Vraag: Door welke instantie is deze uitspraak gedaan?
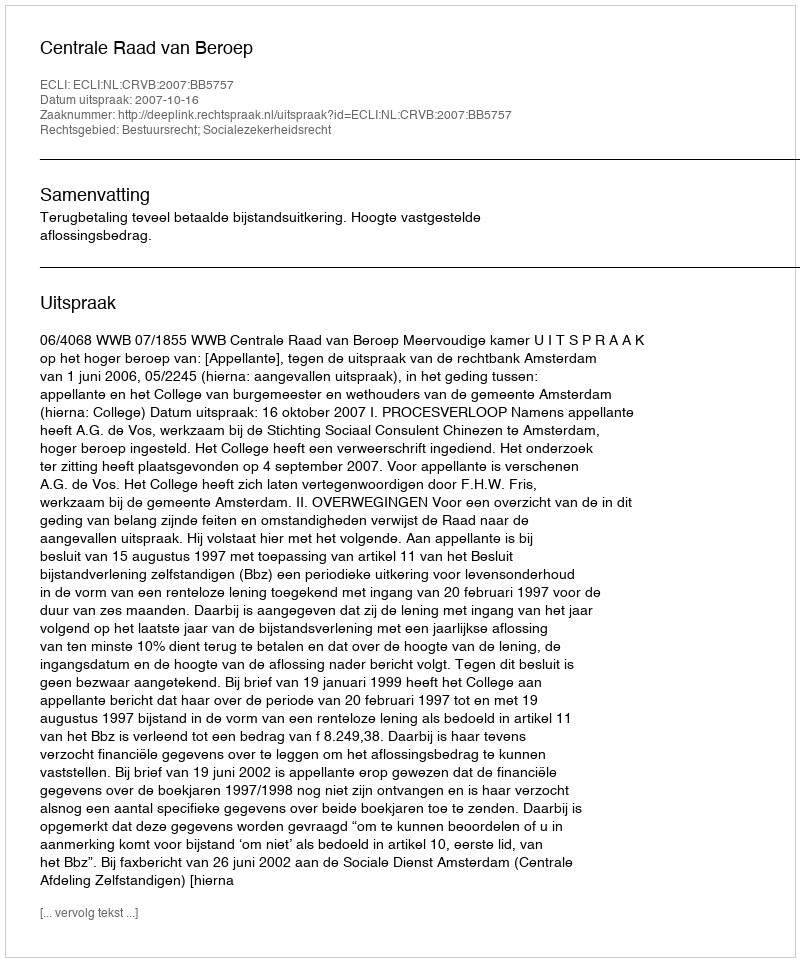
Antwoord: Centrale Raad van Beroep